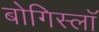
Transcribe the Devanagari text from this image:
बोगिस्लॉ